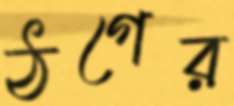
ঠগের